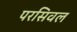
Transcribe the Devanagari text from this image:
परसिवल